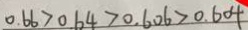
0 . 6 6 > 0 . 6 4 > 0 . 6 0 6 > 0 . 6 0 4